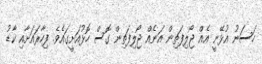
ހަސަނު އުޅޭނީ އެއް ޖޯލިފަތިން އަނެއް ޖޯލިފަތިން ގޮސް ހޮޅުއަށީގައެވެ. ފިހާރައަށާއި ކާޑު